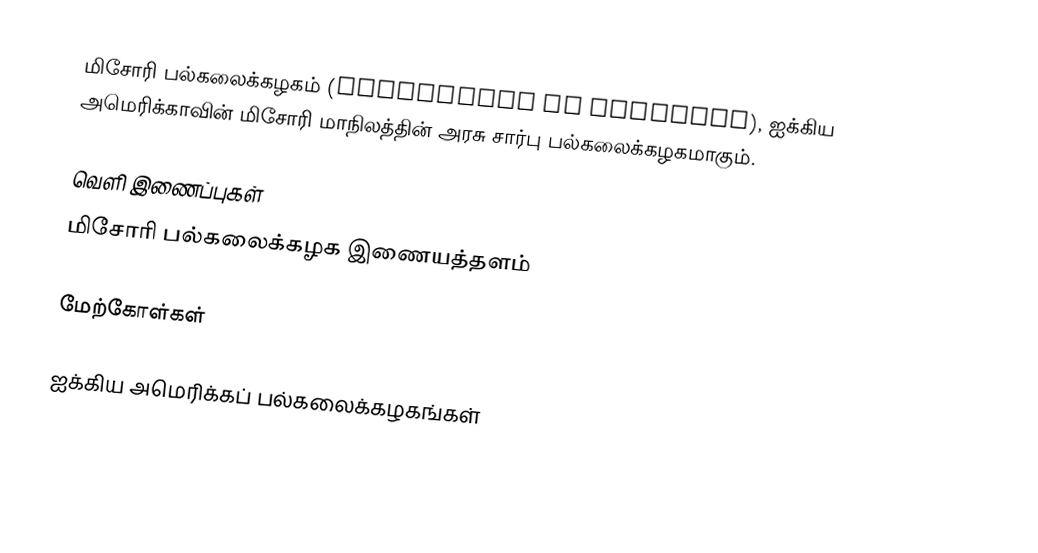
மிசோரி பல்கலைக்கழகம் (University of Missouri), ஐக்கிய அமெரிக்காவின் மிசோரி மாநிலத்தின் அரசு சார்பு பல்கலைக்கழகமாகும்.

வெளி இணைப்புகள்
 மிசோரி பல்கலைக்கழக இணையத்தளம்

மேற்கோள்கள்

ஐக்கிய அமெரிக்கப் பல்கலைக்கழகங்கள்